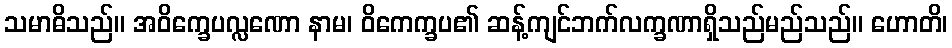
သမာဓိသည်။ အဝိက္ခေပလ္လဏော နာမ၊ ဝိကေက္ခပ၏ ဆန့်ကျင်ဘက်လက္ခဏာရှိသည်မည်သည်။ ဟောတိ၊